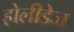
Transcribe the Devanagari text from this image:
होलीडेज